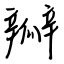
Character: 瓣